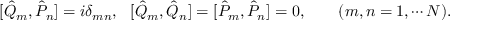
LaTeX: [ \hat { Q } _ { m } , \hat { P } _ { n } ] = i \delta _ { m n } , \ \ [ \hat { Q } _ { m } , \hat { Q } _ { n } ] = [ \hat { P } _ { m } , \hat { P } _ { n } ] = 0 , \qquad ( m , n = 1 , \cdots N ) .